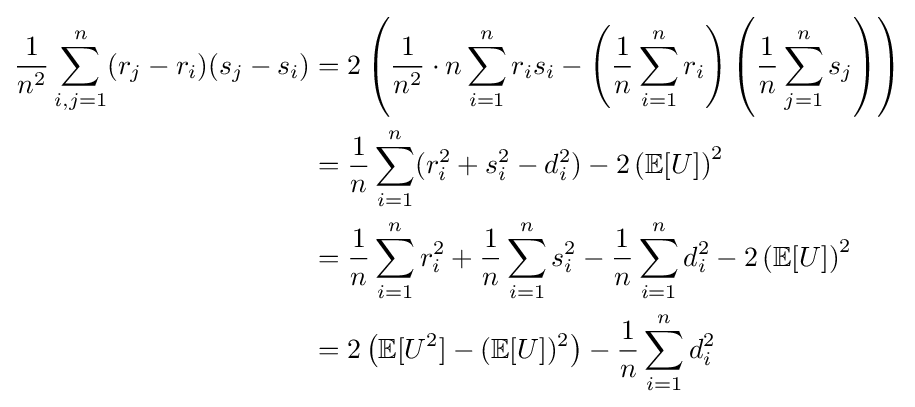
{\begin{aligned}{\frac {1}{n^{2}}}\sum _{i,j=1}^{n}(r_{j}-r_{i})(s_{j}-s_{i})&=2\left({\frac {1}{n^{2}}}\cdot n\sum _{i=1}^{n}r_{i}s_{i}-\left({\frac {1}{n}}\sum _{i=1}^{n}r_{i}\right)\left({\frac {1}{n}}\sum _{j=1}^{n}s_{j}\right)\right)\\&={\frac {1}{n}}\sum _{i=1}^{n}(r_{i}^{2}+s_{i}^{2}-d_{i}^{2})-2\left(\mathbb {E} [U]\right)^{2}\\&={\frac {1}{n}}\sum _{i=1}^{n}r_{i}^{2}+{\frac {1}{n}}\sum _{i=1}^{n}s_{i}^{2}-{\frac {1}{n}}\sum _{i=1}^{n}d_{i}^{2}-2\left(\mathbb {E} [U]\right)^{2}\\&=2\left(\mathbb {E} [U^{2}]-(\mathbb {E} [U])^{2}\right)-{\frac {1}{n}}\sum _{i=1}^{n}d_{i}^{2}\\\end{aligned}}